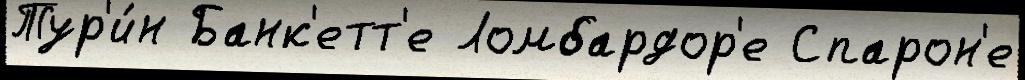
Тур'и́н Банк'етт'е Ломбардор'е Спарон'е